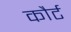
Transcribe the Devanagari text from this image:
कौर्ट